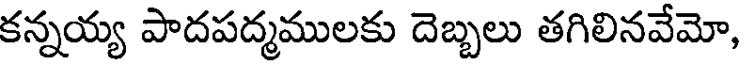
కన్నయ్య పాదపద్మములకు దెబ్బలు తగిలినవేమో,